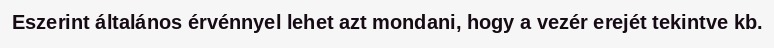
Eszerint általános érvénnyel lehet azt mondani, hogy a vezér erejét tekintve kb.